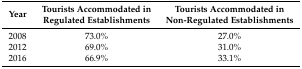
| Year | Tourists Accommodated in Regulated Establishments | Tourists Accommodated in Non-Regulated Establishments |
 | --- | --- | --- |
 | 2008 | 73.0% | 27.0% |
 | 2012 | 69.0% | 31.0% |
 | 2016 | 66.9% | 33.1% |